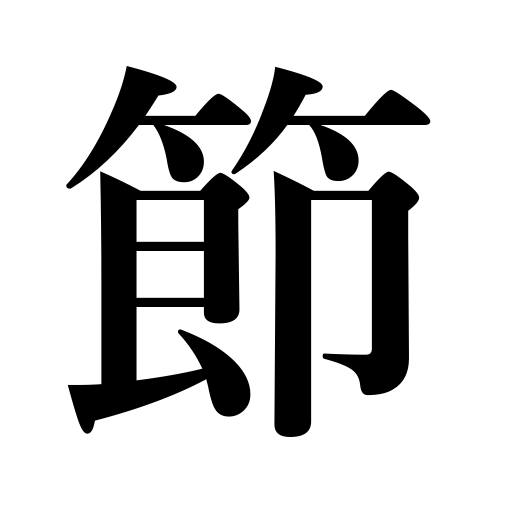
Meanings: time,occasion,verse,knuckle,melody,stanza,knob,season,period,joint,point in a talk,integrity,section,clause,paragraph,knot,tune,honor,lump